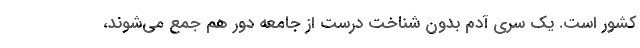
کشور است. یک سری آدم بدون شناخت درست از جامعه دور هم جمع می‌شوند،